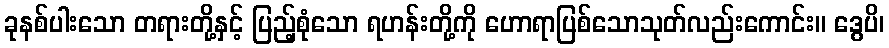
ခုနစ်ပါးသော တရားတို့နှင့် ပြည့်စုံသော ရဟန်းတို့ကို ဟောရာပြစ်သောသုတ်လည်းကောင်း။ ဒွေပိ၊